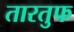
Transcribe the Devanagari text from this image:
तारतुफ